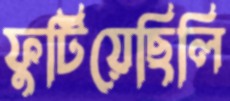
ফুটিয়েছিলি